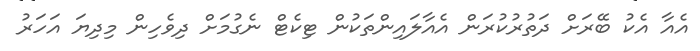
އެއާ އެކު ބޭރަށް ދަތުރުކުރަން އެއާލައިންތަކުން ޓިކެޓް ނެގުމަށް ދިވެހިން މިދިޔަ އަހަރު